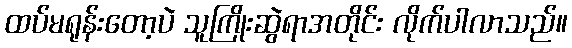
ထပ်မရုန်းတော့ပဲ သူကြိုးဆွဲရာအတိုင်း လိုက်ပါလာသည်။